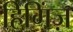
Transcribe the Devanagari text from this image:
हिगिंज़